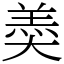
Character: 𡙡